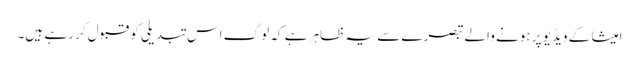
امیشا کے ویڈیو پر ہونے والے تبصرے سے یہ ظاہر ہے کہ لوگ اس تبدیلی کو قبول کر رہے ہیں۔